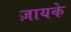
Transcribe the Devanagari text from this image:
ज़ायके